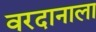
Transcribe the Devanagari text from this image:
वरदानाला